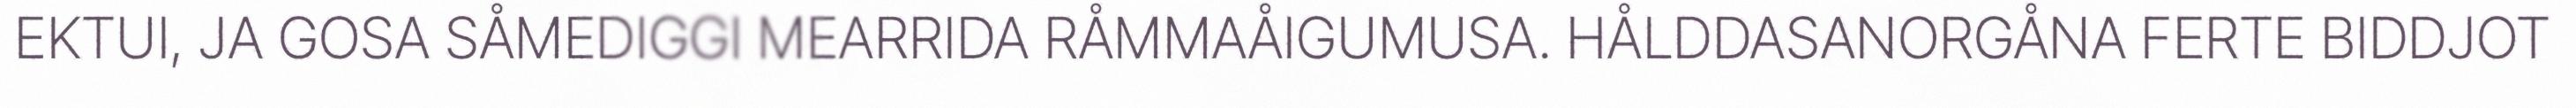
EKTUI, JA GOSA SÅMEDIGGI MEARRIDA RÅMMAÅIGUMUSA. HÅLDDASANORGÅNA FERTE BIDDJOT